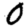
Digit: 0